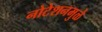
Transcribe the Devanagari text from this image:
नोटेशनमुळे